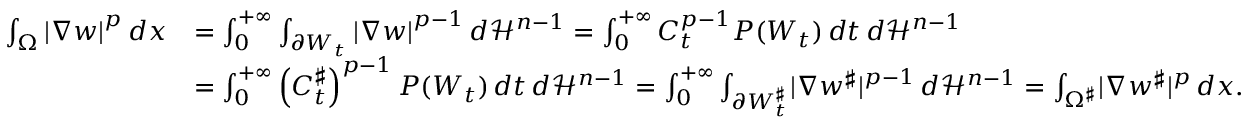
\begin{array} { r l } { \int _ { \Omega } { \left| \nabla w \right| } ^ { p } \, d x } & { = \int _ { 0 } ^ { + \infty } \int _ { \partial W _ { t } } { \left| \nabla w \right| } ^ { p - 1 } \, d \mathcal { H } ^ { n - 1 } = \int _ { 0 } ^ { + \infty } C _ { t } ^ { p - 1 } P ( W _ { t } ) \, d t \, d \mathcal { H } ^ { n - 1 } } \\ & { = \int _ { 0 } ^ { + \infty } \left( C _ { t } ^ { \sharp } \right) ^ { p - 1 } P ( W _ { t } ) \, d t \, d \mathcal { H } ^ { n - 1 } = \int _ { 0 } ^ { + \infty } \int _ { \partial W _ { t } ^ { \sharp } } \lvert \nabla w ^ { \sharp } \rvert ^ { p - 1 } \, d \mathcal { H } ^ { n - 1 } = \int _ { \Omega ^ { \sharp } } \lvert \nabla w ^ { \sharp } \rvert ^ { p } \, d x . } \end{array}